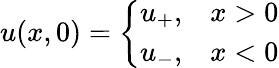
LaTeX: u(x,0)=\left\{ \begin{array}{cc}{u_{+},}&{x>0}\\ {u_{-},}&{x<0}\end{array}\right.